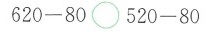
$$6 2 0 - 8 0 \circ 5 2 0 - 8 0$$